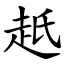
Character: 赿